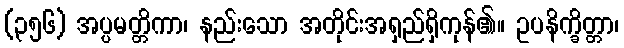
(၃၅၆) အပ္ပမတ္တိကာ၊ နည်းသော အတိုင်းအရှည်ရှိကုန်၏။ ဥပနိက္ခိတ္တာ၊